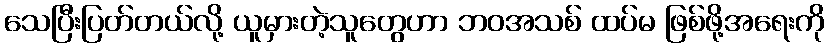
သေပြီးပြတ်တယ်လို့ ယူမှားတဲ့သူတွေဟာ ဘဝအသစ် ထပ်မ ဖြစ်ဖို့အရေးကို